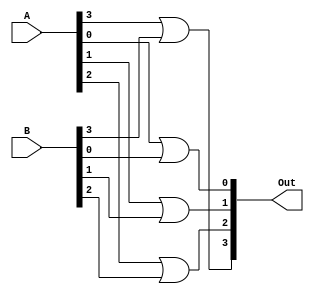
module ttl7432(Out, A, B);
    output [3:0] Out;
    input [3:0] A;
    input [3:0] B;

    // ON 74LS32
    or #(0:14:22) (Out[0], A[0], B[0]);
    or #(0:14:22) (Out[1], A[1], B[1]);
    or #(0:14:22) (Out[2], A[2], B[2]);
    or #(0:14:22) (Out[3], A[3], B[3]);
endmodule